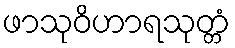
ဖာသုဝိဟာရသုတ္တံ